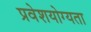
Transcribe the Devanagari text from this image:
प्रवेशयोग्यता